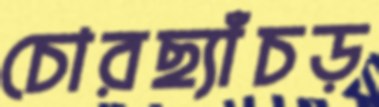
চোরছ্যাঁচড়